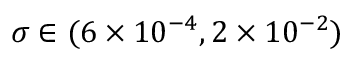
\sigma \in ( 6 \times { 1 0 ^ { - 4 } } , 2 \times { 1 0 ^ { - 2 } } )